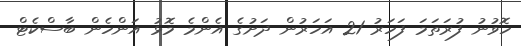
ހޮވުނު ފުރަތަމަ ފަހަރު 21 އަހަރުން ދަށުގެ އެންމެ މޮޅު އަންހެން ބާސްކެޓް